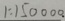
1 : 1 5 0 0 0 0 .